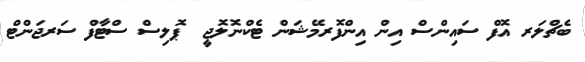
ބެޗްލަރ އޮފް ސައިންސް އިން އިންފޮރމޭޝަން ޓެކްނޮލޮޖީ  ޕޮލިސް ސްޓާފް ސަރޖަންޓް